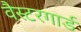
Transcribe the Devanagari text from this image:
वैस्टरगार्ड